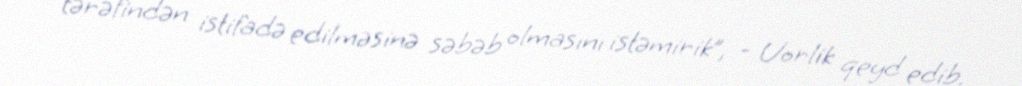
tərəfindən istifadə edilməsinə səbəb olmasını istəmirik”, - Uorlik qeyd edib.